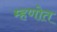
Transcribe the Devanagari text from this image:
म्हणोत